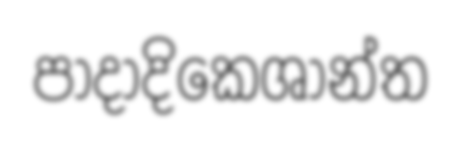
පාදාදිකෙශාන්ත